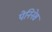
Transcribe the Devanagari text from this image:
पेनिनेस